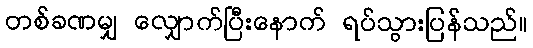
တစ်ခဏမျှ လျှောက်ပြီးနောက် ရပ်သွားပြန်သည်။